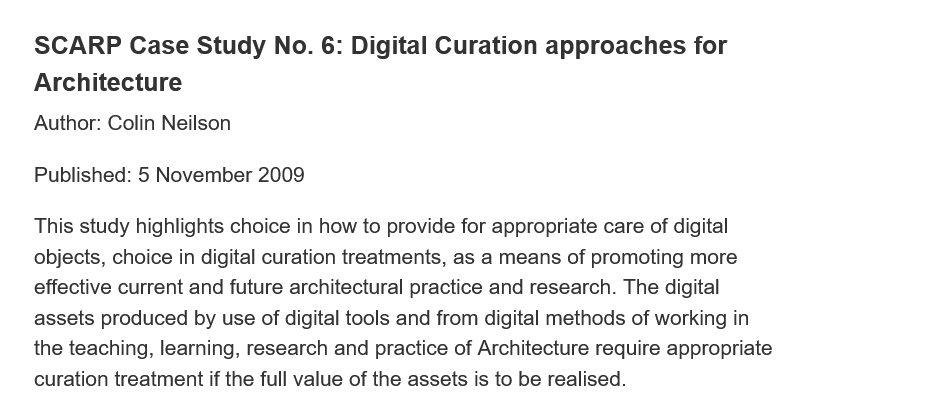
SCARP  Case   Study    No. 6:  Digital Curation   approaches  for
    Architecture
    Author: Colin Neilsor
    Published: 5 November 2009
    This study highlights choice in how to provide for appropriate care of digital
    objects, choice in digital curation treatments, as a means of promoting more
    effective current and future architectural practice and research. The digital
    assets produced by use of digital tools and from digital methods of working in
    the teaching, learning, research and practice of Architecture require appropriate
    curation treatment if the full value of the assets is to be realised.